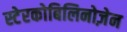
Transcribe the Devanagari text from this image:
स्टेरकोबिलिनोज़ेन